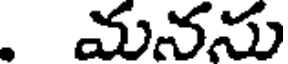
. మనను